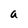
Character: a